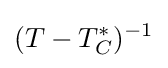
(T-T_{C}^{*})^{-1}